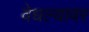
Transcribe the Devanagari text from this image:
वेधल्यावर